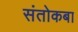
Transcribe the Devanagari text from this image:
संतोकबा